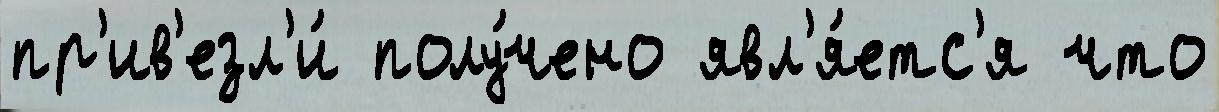
пр'ив'езл'и́ полу́чено явл'я́етс'я что